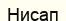
Нисап